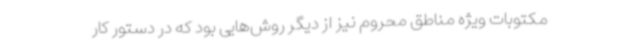
مکتوبات ویژه مناطق محروم نیز از دیگر روش‌هایی بود که در دستور کار